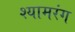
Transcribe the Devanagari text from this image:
श्यामरंग